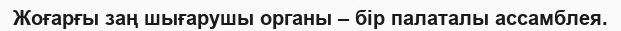
Жоғарғы заң шығарушы органы – бір палаталы ассамблея.